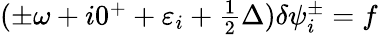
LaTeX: \begin{array}{r}{(\pm\omega+i0^{+}+\varepsilon_{i}+\frac 12\Delta)\delta\psi_{i}^{\pm}=f}\end{array}